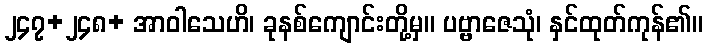
၂၄၇+၂၄၈+ အာဝါသေဟိ၊ ခုနစ်ကျောင်းတို့မှ။ ပဗ္ဗာဇေသုံ၊ နှင်ထုတ်ကုန်၏။